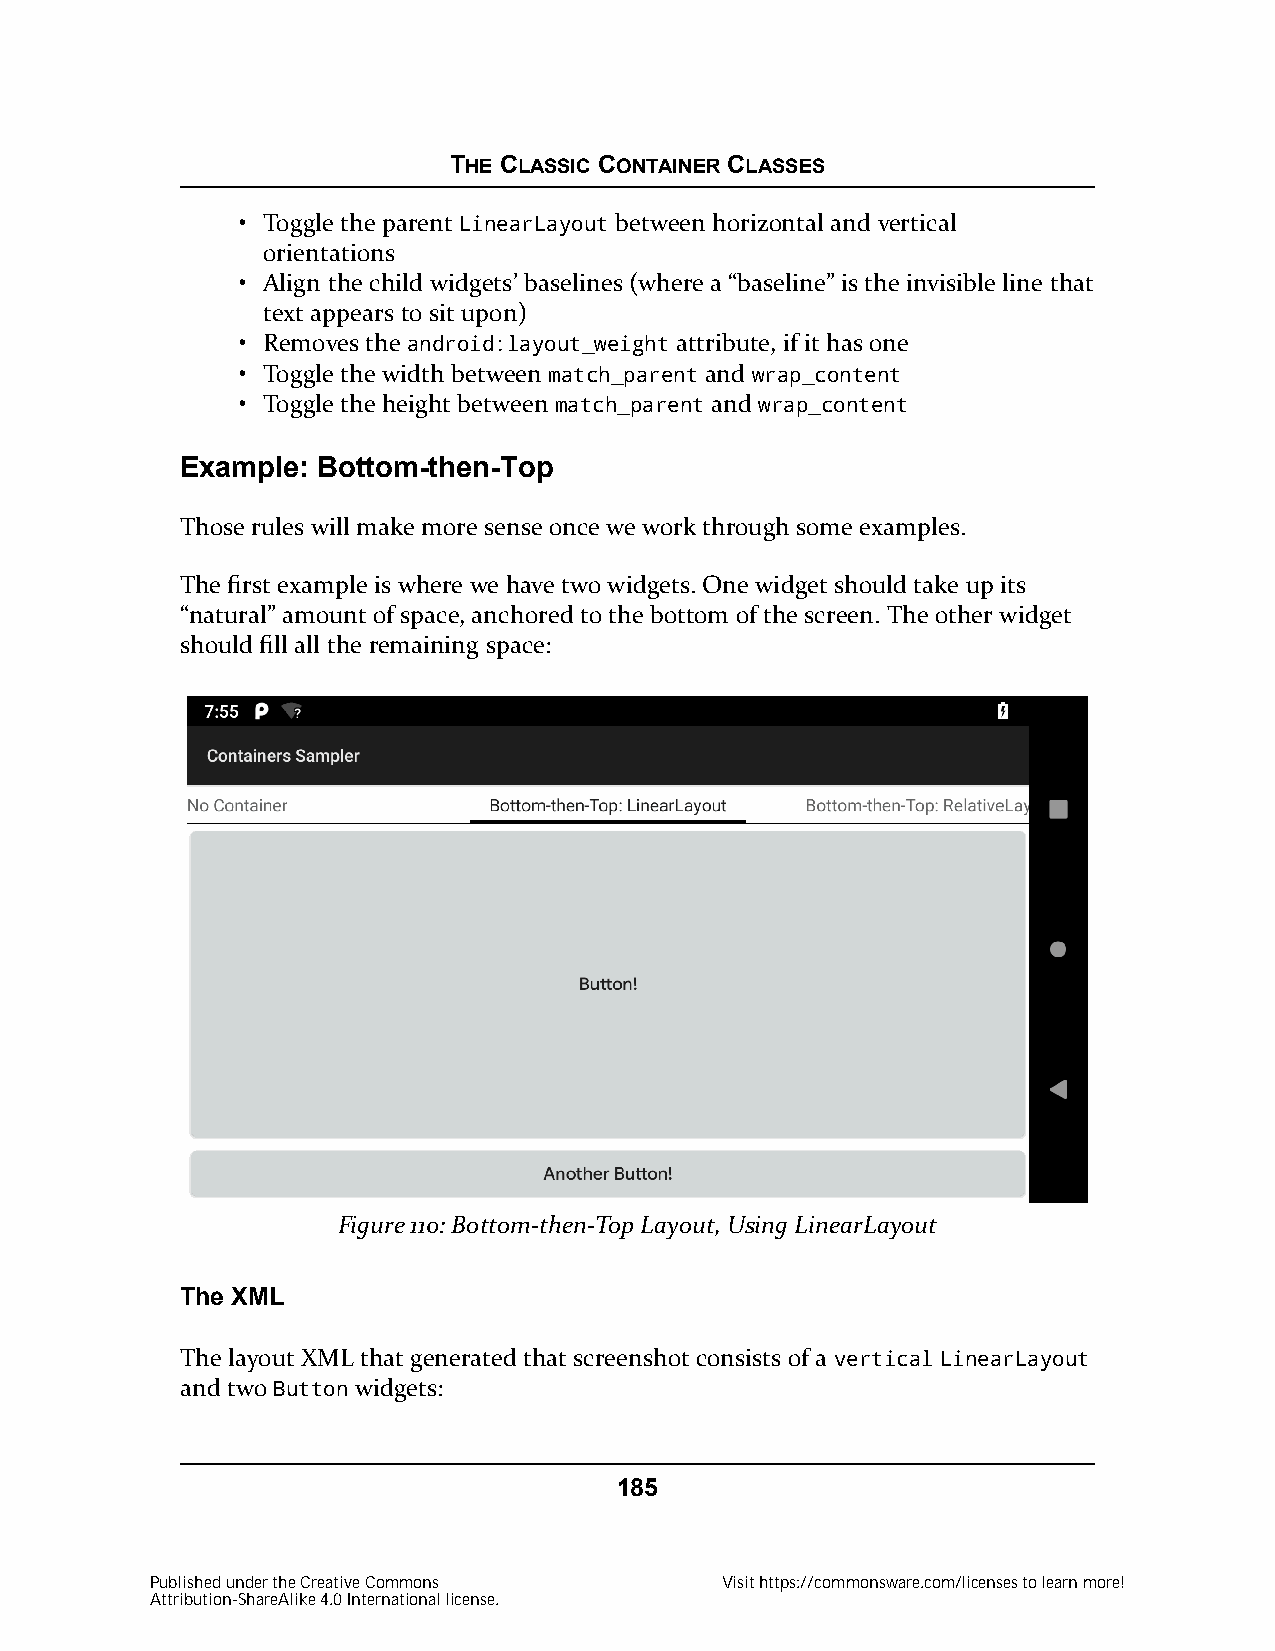
THE CLASSIC CONTAINER CLASSES
 • Toggle the parent LinearLayout between horizontal and vertical
 orientations
 • Align the child widgets’ baselines (where a “baseline” is the invisible line that
 text appears to sit upon)
 • Removes the android:layout_weight attribute, if it has one
 • Toggle the width between match_parent and wrap_content
 • Toggle the height between match_parent and wrap_content
 Example: Bottom-then-Top
 Those rules will make more sense once we work through some examples.
 The first example is where we have two widgets. One widget should take up its
 “natural” amount of space, anchored to the bottom of the screen. The other widget
 should fill all the remaining space:
 Figure 110: Bottom-then-Top Layout, Using LinearLayout
 The XML
 The layout XML that generated that screenshot consists of a vertical LinearLayout
 and two Button widgets:
 185
 Published under the Creative Commons  Visit https://commonsware.com/licenses to learn more!
 Attribution-ShareAlike 4.0 International license.